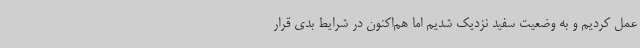
عمل کردیم و به وضعیت سفید نزدیک شدیم اما هم‌اکنون در شرایط بدی قرار